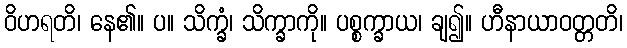
ဝိဟရတိ၊ နေ၏။ ပ။ သိက္ခံ၊ သိက္ခာကို။ ပစ္စက္ခာယ၊ ချ၍။ ဟီနာယာဝတ္တတိ၊